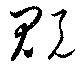
貺